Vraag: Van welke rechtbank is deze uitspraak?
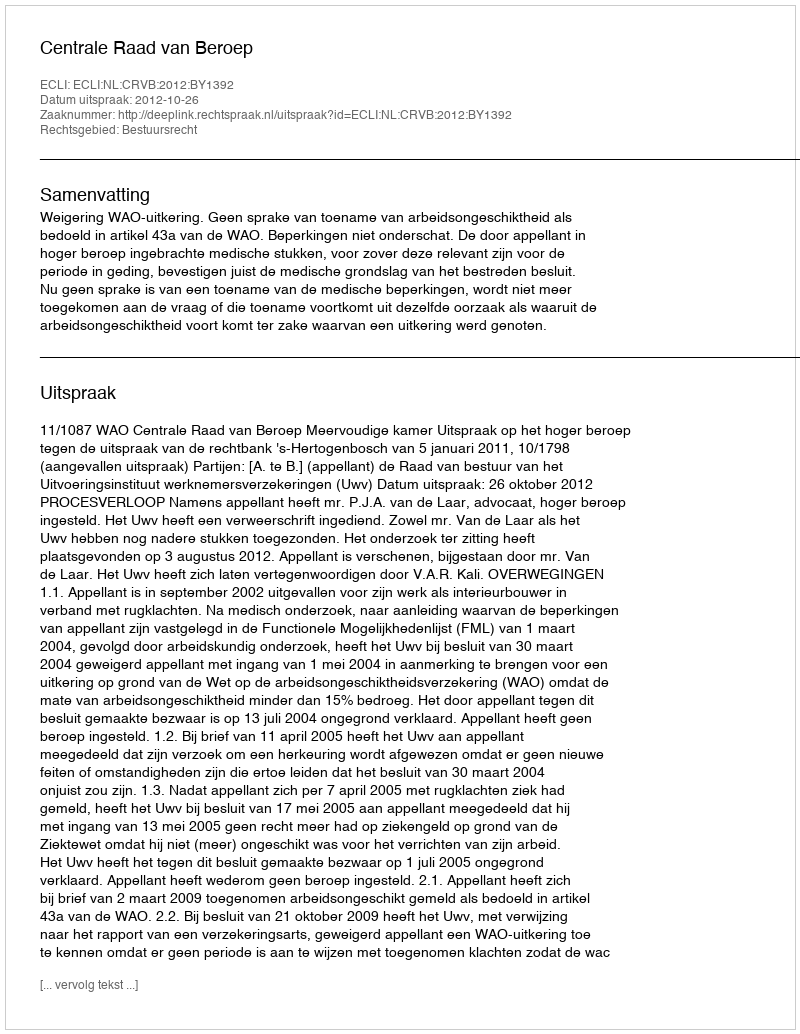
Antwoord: Centrale Raad van Beroep